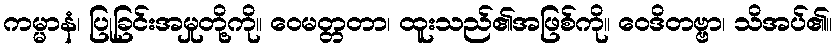
ကမ္မာနံ၊ ပြုခြင်းအမှုတို့ကို။ ဝေမတ္တတာ၊ ထူးသည်၏အဖြစ်ကို။ ဝေဒိတဗ္ဗာ၊ သိအပ်၏။